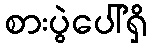
စားပွဲပေါ်ရှိ